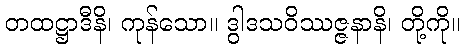
တထဋ္ဌာဒီနိ၊ ကုန်သော။ ဒွါဒသဝိဿဇ္ဇနာနိ၊ တို့ကို။